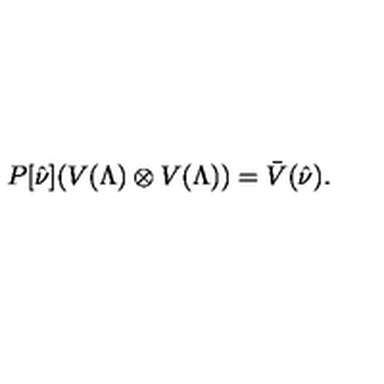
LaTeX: P [ \hat { \nu } ] ( V ( \Lambda ) \otimes V ( \Lambda ) ) = \bar { V } ( \hat { \nu } ) .